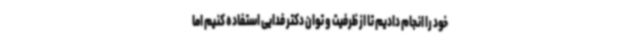
خود را انجام دادیم تا از ظرفیت و توان دکتر فدایی استفاده کنیم اما